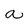
Character: a